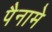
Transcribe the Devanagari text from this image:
पैनामे